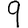
Digit: 9